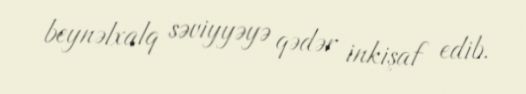
beynəlxalq səviyyəyə qədər inkişaf edib.